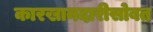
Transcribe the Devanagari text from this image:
कारखानदारीसोबत